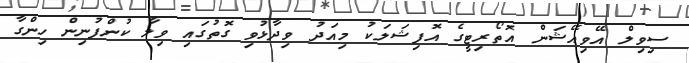
ސިވިލް އޭވިއޭޝަން އޮތޯރިޓީގެ އޮފިޝަލަކު މިއަދު ވިދާޅުވި ގޮތުގައި ވިލާ ކުންފުނިން ހިންގާ